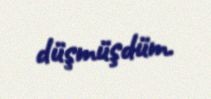
düşmüşdüm.